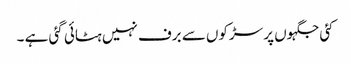
کئی جگہوں پر سڑکوں سے برف نہیں ہٹائی گئی ہے ۔